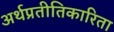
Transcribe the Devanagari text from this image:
अर्थप्रतीतिकारिता